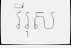
វីរុស